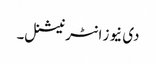
دی نیوز انٹرنیشنل۔